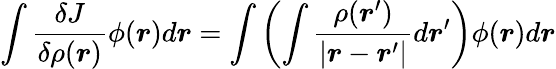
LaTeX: \int{\frac{\delta J}{\delta\rho({\boldsymbol{r}})}}\phi({\boldsymbol{r}})d{\boldsymbol{r}}=\int\left(\int{\frac{\rho({\boldsymbol{r}}^{\prime})}{|{\boldsymbol{r}}-{\boldsymbol{r}}^{\prime}|}}d{\boldsymbol{r}}^{\prime}\right)\phi({\boldsymbol{r}})d{\boldsymbol{r}}